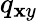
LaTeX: q_{\mathbf{x}y}